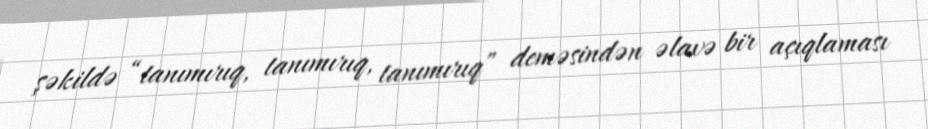
şəkildə “tanımırıq, tanımırıq, tanımırıq” deməsindən əlavə bir açıqlaması